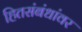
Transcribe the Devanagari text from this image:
हितसंबंधांवर